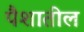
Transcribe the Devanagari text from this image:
पैशातील